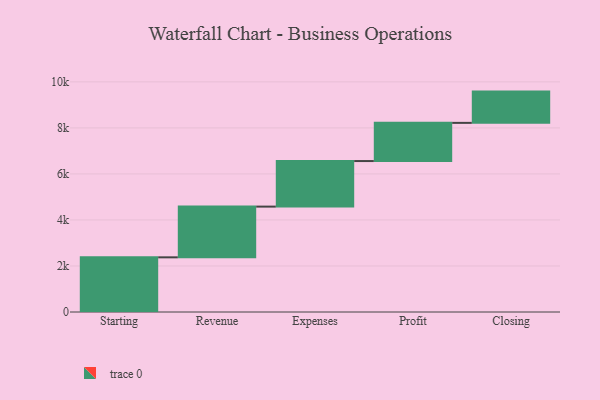
{"axis": {"x": "Step", "y": "Value"}, "legend": [""], "data": [{"x": "Starting", "y": 2376.0, "type": ""}, {"x": "Revenue", "y": 2204.0, "type": ""}, {"x": "Expenses", "y": 1980.0, "type": ""}, {"x": "Profit", "y": 1659.0, "type": ""}, {"x": "Closing", "y": 1359.0, "type": ""}]}